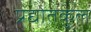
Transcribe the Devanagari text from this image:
प्रद्योतकुल